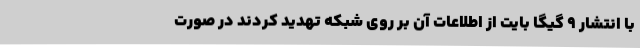
با انتشار 9 گیگا بایت از اطلاعات آن بر روی شبکه تهدید کردند در صورت